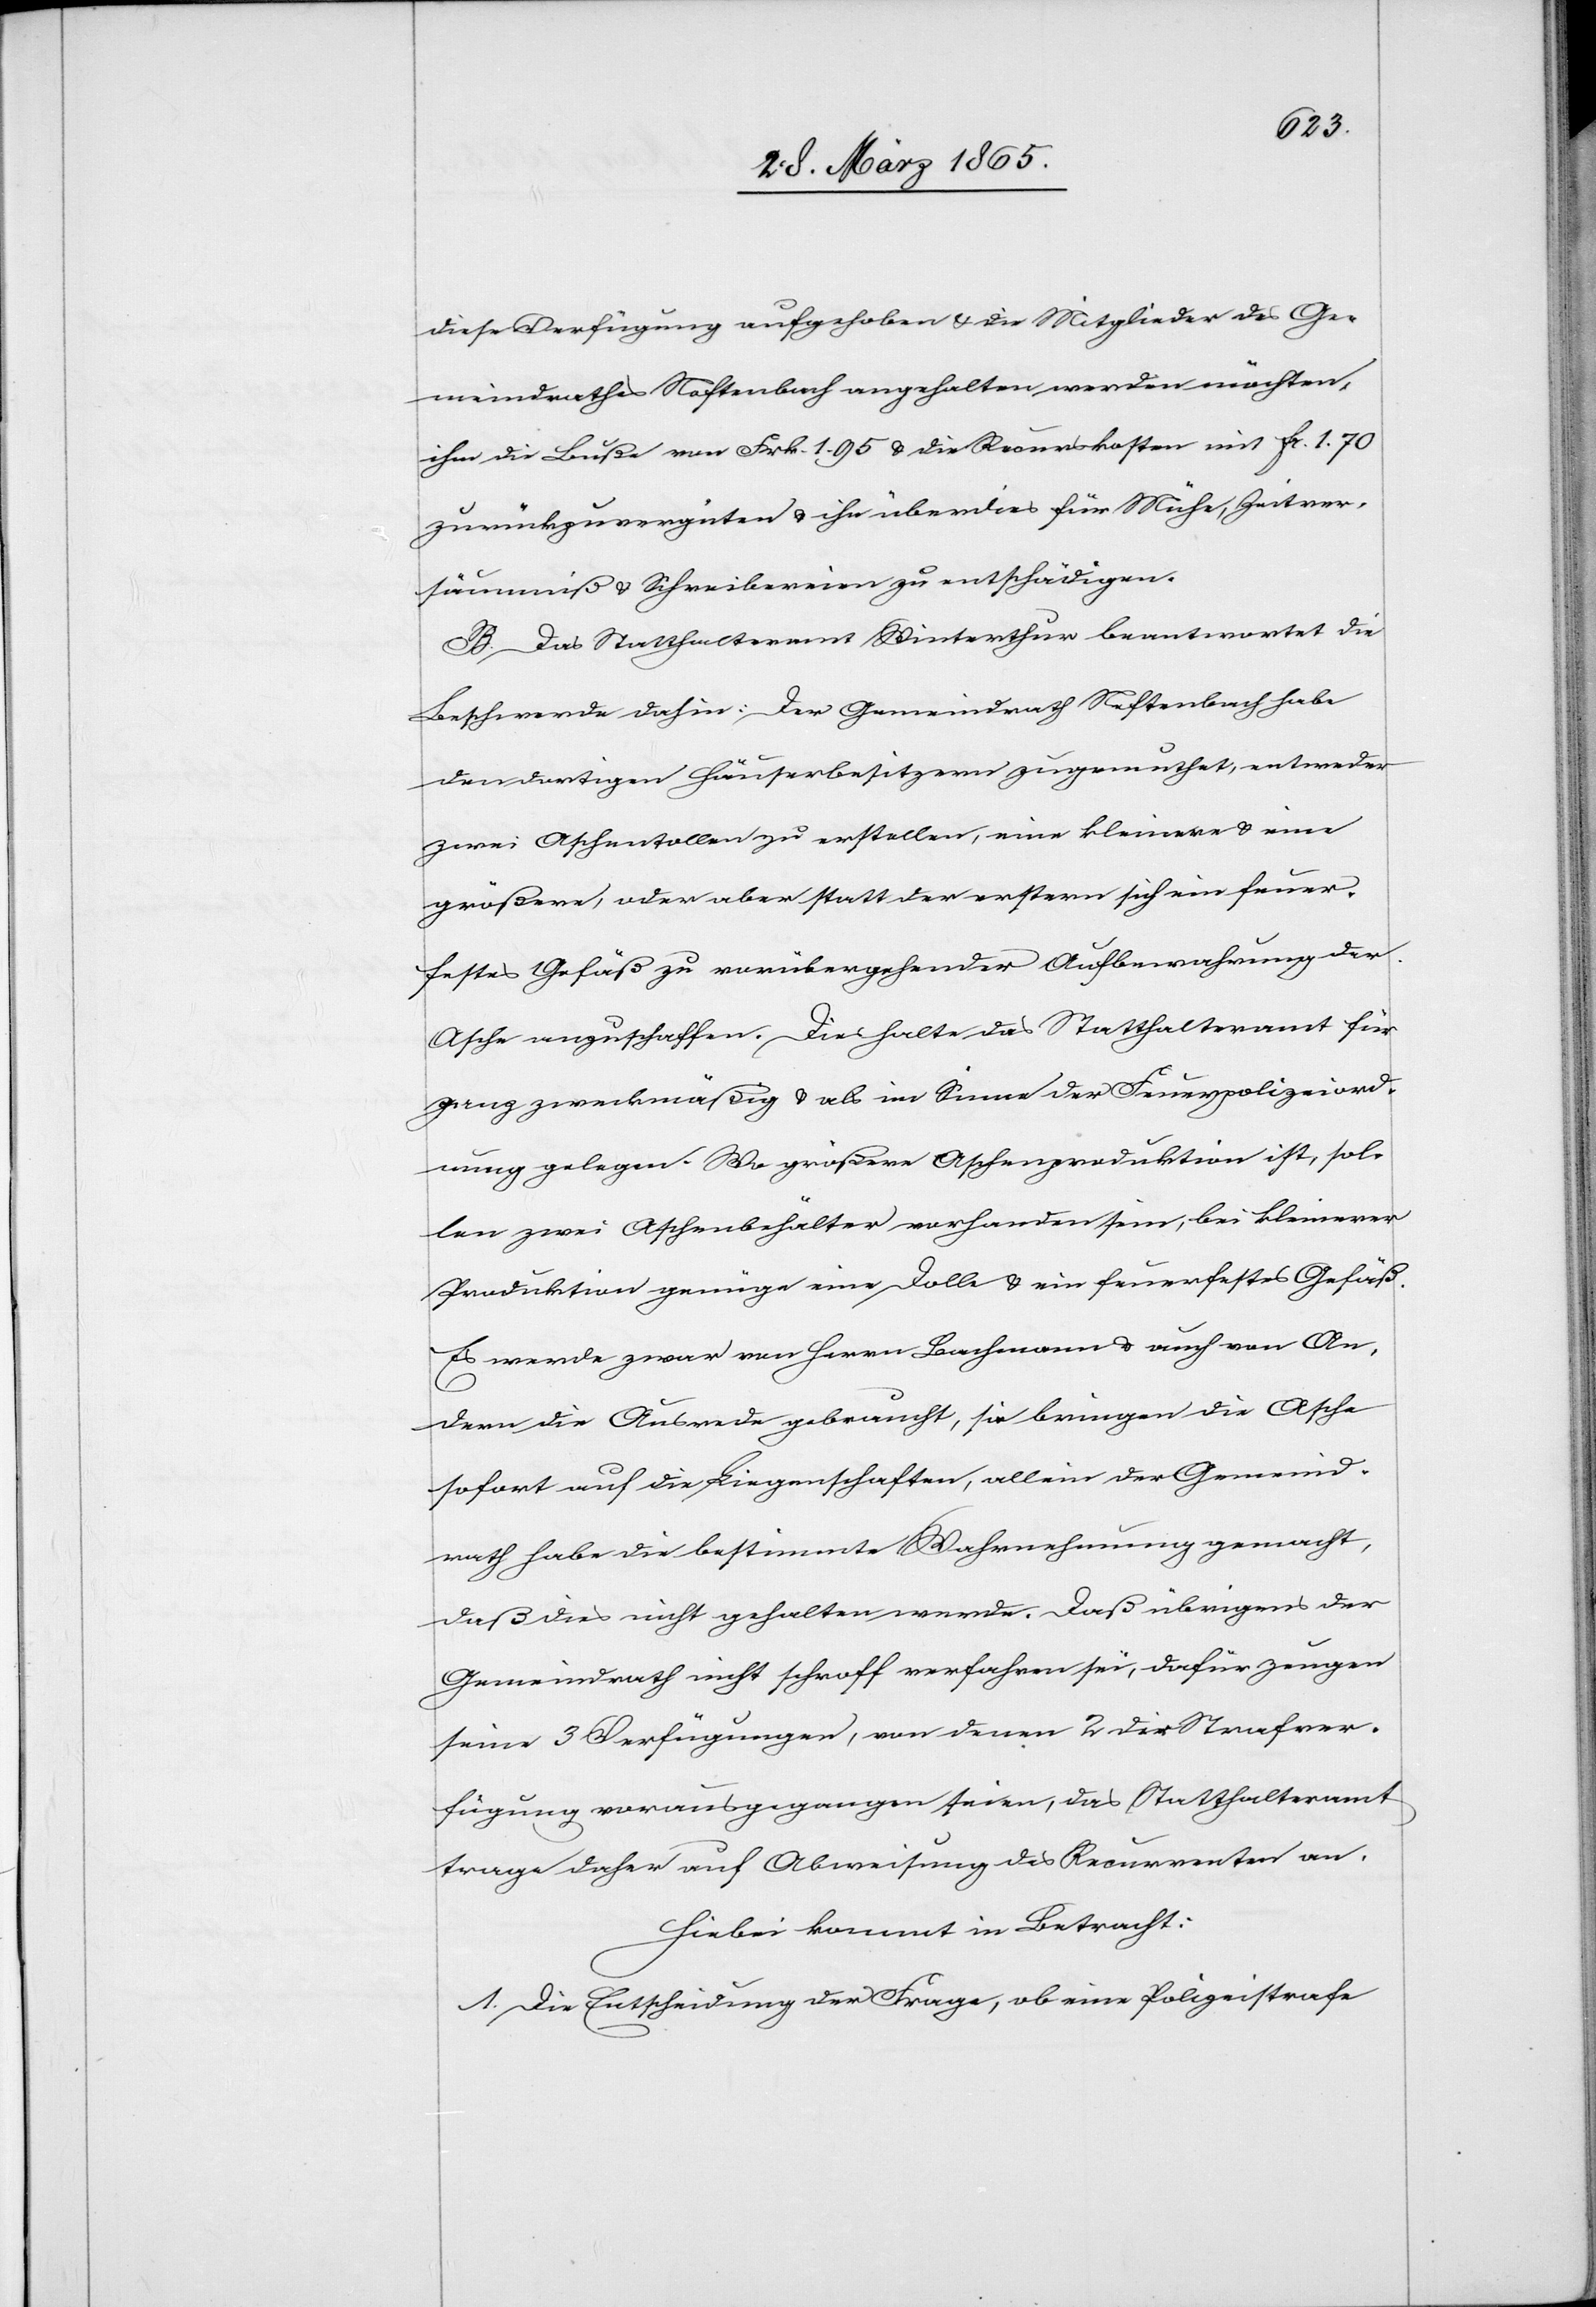
diese Verfügung aufgehoben & die Mitglieder des Ge¬
meindrathes Neftenbach angehalten werden möchten,
ihm die Buße von Frk. 1. 95 & die Recurskosten mit fr. 1. 70
zurückzuvergüten & ihn überdies für Mühe, Zeitver¬
säumniß & Schreibereien zu entschädigen.
B. Das Statthalteramt Winterthur beantwortet die
Beschwerde dahin: Der Gemeindrath Neftenbach habe
den dortigen Häuserbesitzern zugemuthet, entweder
zwei Aschentollen zu erstellen, eine kleinere & eine
größere, oder aber statt der erstern sich ein feuer¬
festes Gefäß zu vorübergehender Aufbewahrung der
Asche anzuschaffen. Dies halte das Statthalteramt für
ganz zweckmäßig & als im Sinne der Feuerpolizeiord¬
nung gelegen. Wo größere Aschenproduktion ist, sol¬
len zwei Aschenbehälter vorhanden sein, bei kleinerer
Produktion genüge eine Dolle & ein feuerfestes Gefäß.
Es werde zwar von Herrn Bachmann & auch von An¬
dern die Ausrede gebraucht, sie bringen die Asche
sofort auf die Liegenschaften, allein der Gemeind¬
rath habe die bestimmte Wahrnehmung gemacht,
daß dies nicht gehalten werde. Daß übrigens der
Gemeindrath nicht schroff verfahren sei, dafür zeugen
seine 3 Verfügungen, von denen 2 die Strafver¬
fügung vorausgegangen seien, das Statthalteramt
trage daher auf Abweisung des Recurrenten an.
Hiebei kommt in Betracht:
1. Die Entscheidung der Frage, ob eine Polizeistrafe